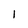
Character: l